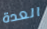
العدة